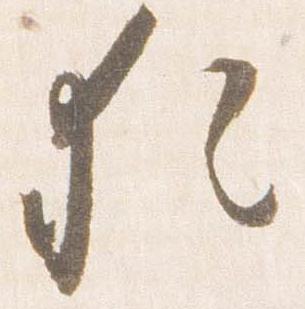
猶